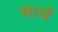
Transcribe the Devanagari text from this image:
सार्य